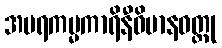
အပရကမ္မကာရိနီဝိမာနဝတ္ထု